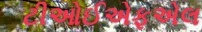
ટીઓઈએફએલ